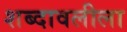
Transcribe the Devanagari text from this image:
शब्दावलीला